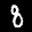
Label: 8